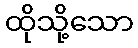
ထိုသို့သော